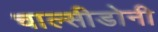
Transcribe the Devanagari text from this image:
चाल्सीडोनी